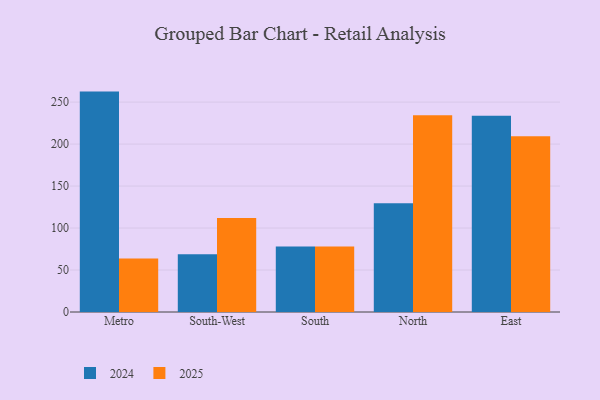
{"axis": {"x": "Region", "y": "Active Users"}, "legend": ["2024", "2025"], "data": [{"x": "Metro", "y": 262.5, "type": "2024"}, {"x": "Metro", "y": 63.8, "type": "2025"}, {"x": "South-West", "y": 68.8, "type": "2024"}, {"x": "South-West", "y": 112.0, "type": "2025"}, {"x": "South", "y": 78.0, "type": "2024"}, {"x": "South", "y": 78.0, "type": "2025"}, {"x": "North", "y": 129.5, "type": "2024"}, {"x": "North", "y": 234.2, "type": "2025"}, {"x": "East", "y": 233.7, "type": "2024"}, {"x": "East", "y": 209.3, "type": "2025"}]}